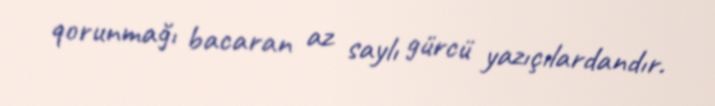
qorunmağı bacaran az saylı gürcü yazıçılardandır.